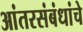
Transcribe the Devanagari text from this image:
आंतरसंबंधांचे